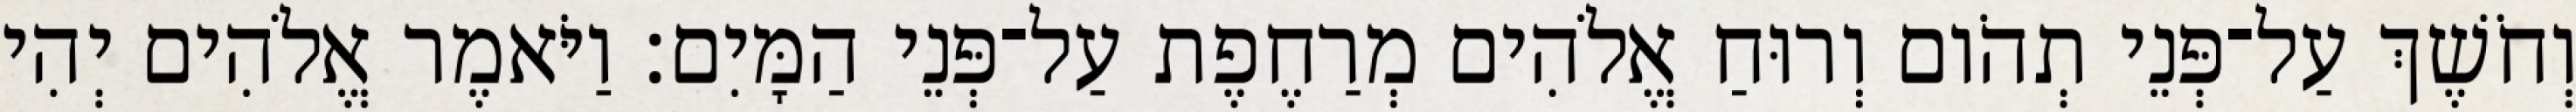
וְחֹשֶׁךְ עַל־פְּנֵי תְהֹום וְרוּחַ אֱלֹהִים מְרַחֶפֶת עַל־פְּנֵי הַמָּיִם׃ וַיֹּאמֶר אֱלֹהִים יְהִי